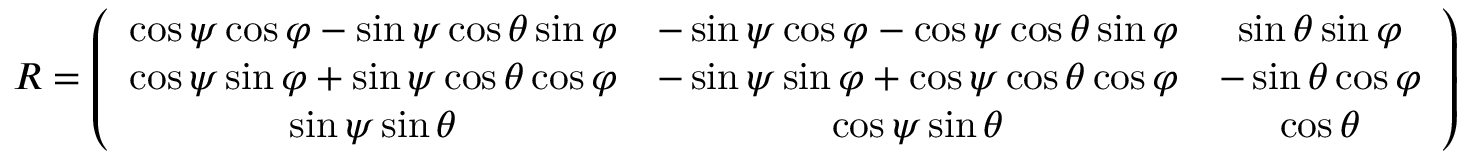
\begin{array} { r } { R = \left( \begin{array} { c c c } { \cos \psi \cos \varphi - \sin \psi \cos \theta \sin \varphi } & { - \sin \psi \cos \varphi - \cos \psi \cos \theta \sin \varphi } & { \sin \theta \sin \varphi } \\ { \cos \psi \sin \varphi + \sin \psi \cos \theta \cos \varphi } & { - \sin \psi \sin \varphi + \cos \psi \cos \theta \cos \varphi } & { - \sin \theta \cos \varphi } \\ { \sin \psi \sin \theta } & { \cos \psi \sin \theta } & { \cos \theta } \end{array} \right) } \end{array}